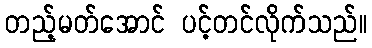
တည့်မတ်အောင် ပင့်တင်လိုက်သည်။